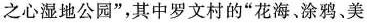
之心湿地公园”，其中罗文村的”花海、涂鸦、美